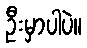
ဦးမှာပါပဲ။